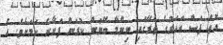
އޮތް ފަސް އަހަރުގެ ތެރޭގައި ނިންމާ ބޭނުން ކުރަން ފަށާނެ ކަމަށެވެ. އެ